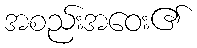
အစည်းအဝေး၏